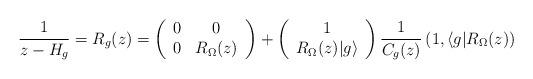
LaTeX: \begin{align*} \frac{1}{z-H_g} = R_g(z) = \left( \begin{array}{cc} 0&0 \\ 0&R_{\Omega}(z)\end{array}\right) +\left( \begin{array}{c} 1 \\ R_{\Omega}(z)|g \rangle\end{array}\right)\frac{1}{C_g(z)} \left( 1, \langle g | R_{\Omega}(z)\right ) \end{align*}